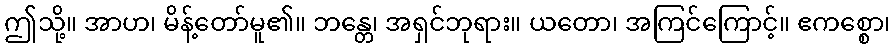
ဤသို့။ အာဟ၊ မိန့်တော်မူ၏။ ဘန္တေ၊ အရှင်ဘုရား။ ယတော၊ အကြင်ကြောင့်။ ဧကစ္စော၊